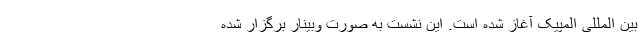
بین المللی المپیک آغاز شده است. این نشست به صورت وبینار برگزار شده